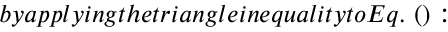
b y a p p l y i n g t h e t r i a n g l e i n e q u a l i t y t o E q . ~ ( ) :